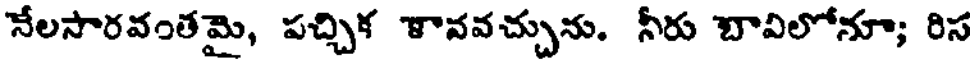
నేలసారవంతమై, పచ్చిక ళావవచ్చును. నీరు బావిలోనూ; రిస